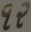
૧ર